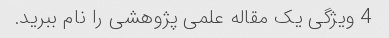
4 ویژگی یک مقاله علمی پژوهشی را نام ببرید.